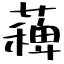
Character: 薭